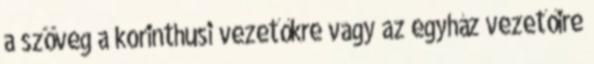
a szöveg a korinthusi vezetőkre vagy az egyház vezetőire